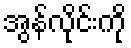
အွန်လိုင်းကို